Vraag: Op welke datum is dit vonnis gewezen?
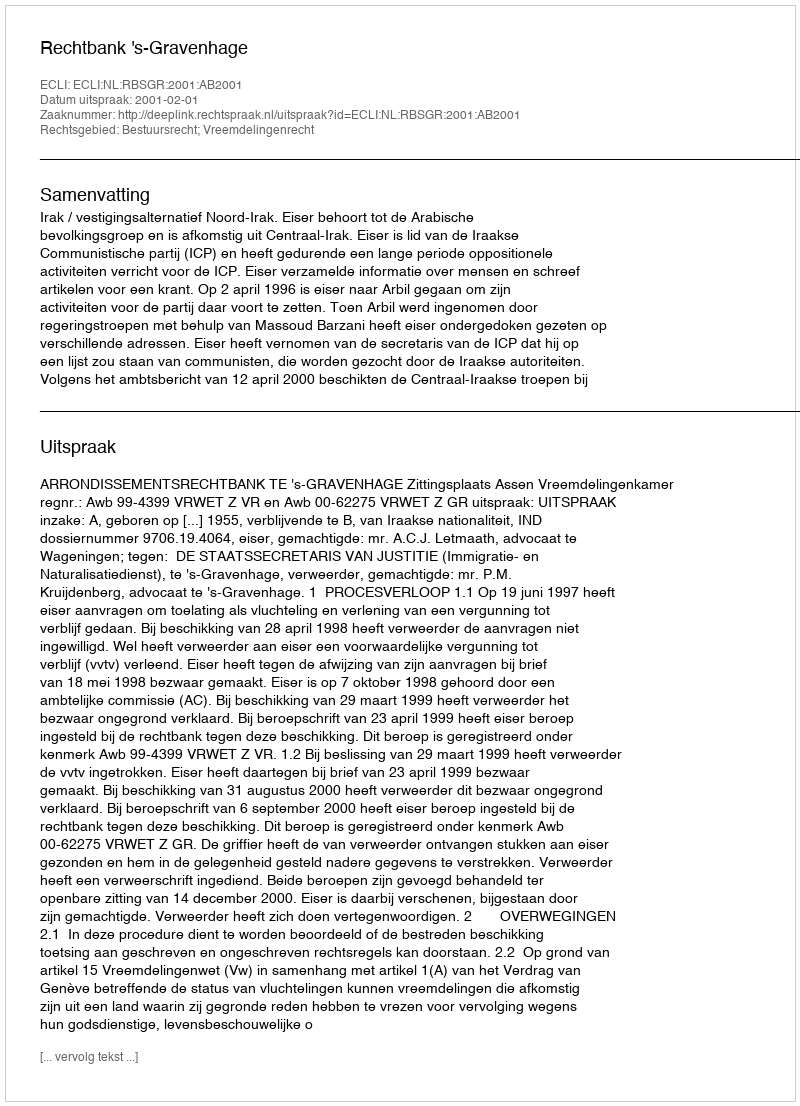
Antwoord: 2001-02-01